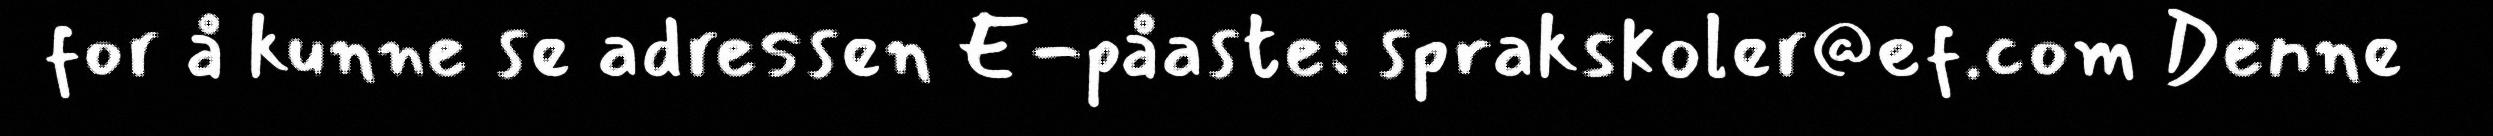
for å kunne se adressen E-påaste: sprakskoler@ef.com Denne